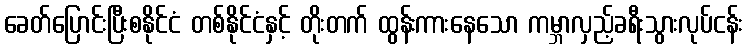
ခေတ်ပြောင်းပြီးစနိုင်ငံ တစ်နိုင်ငံနှင့် တိုးတက် ထွန်းကားနေသော ကမ္ဘာလှည့်ခရီးသွားလုပ်ငန်း